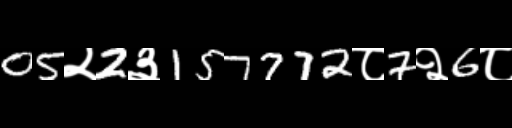
Text: 05२2३157772८7२6८